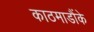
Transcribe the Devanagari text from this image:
काठमाडौंके